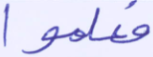
فعلموا